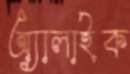
অ্যালাইক